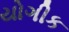
યોગીક